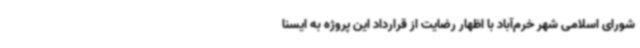
شورای اسلامی شهر خرم‌آباد با اظهار رضایت از قرارداد این پروژه به ایسنا